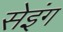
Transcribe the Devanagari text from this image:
सेइंग